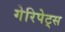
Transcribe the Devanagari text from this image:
गेरिपेट्स